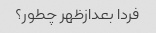
فردا بعدازظهر چطور؟